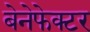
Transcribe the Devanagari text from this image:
बेनेफेक्टर